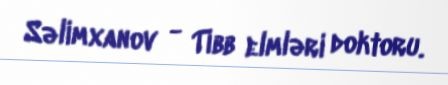
Səlimxanov - Tibb elmləri doktoru.